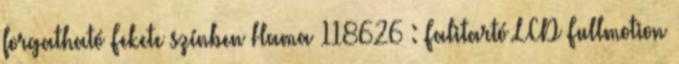
forgatható Fekete színben Hama 118626 : Falitartó LCD Fullmotion